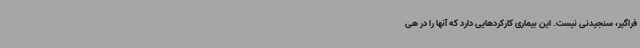
فراگیر، سنجیدنی نیست. این بیماری کارکردهایی دارد که آنها را در هی